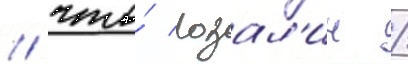
/ что́ розал'ин /